Annual administration report of the Civil Veterinary Department of India - 1893-1894
Year: 1893
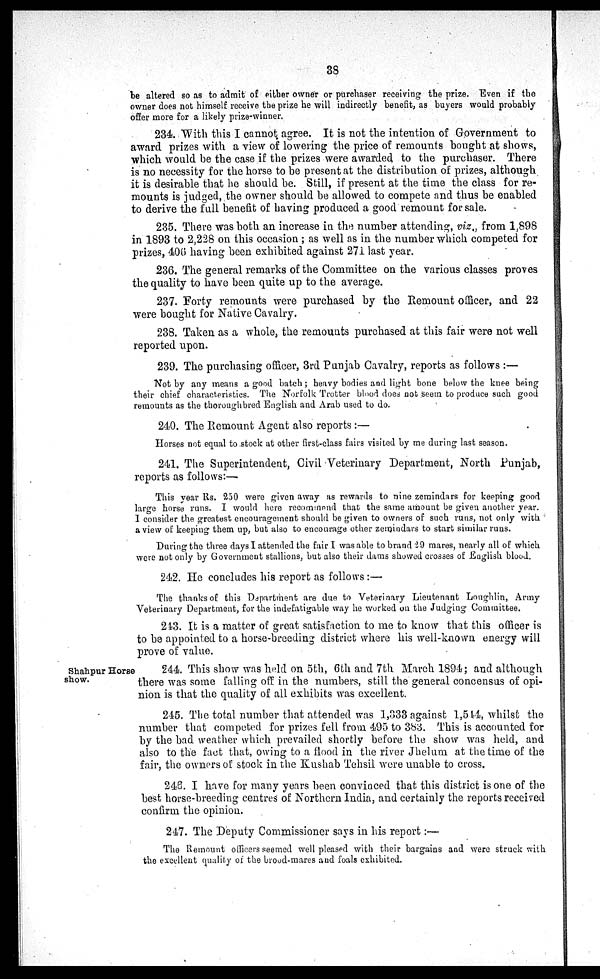
38
be altered so as to admit of either owner or purchaser receiving the prize. Even if the
owner does not himself receive the prize he will indirectly benefit, as buyers would probably
offer more for a likely prize-winner.
234. With this I cannot agree. It is not the intention of Government to
award prizes with a view of lowering the price of remounts bought at shows,
which would be the case if the prizes were awarded to the purchaser. There
is no necessity for the horse to be present at the distribution of prizes, although
it is desirable that he should be. Still, if present at the time the class for re-
mounts is judged, the owner should be allowed to compete and thus be enabled
to derive the full benefit of having produced a good remount for sale.
235. There was both an increase in the number attending, viz., from 1,898
in 1893 to 2,228 on this occasion; as well as in the number which competed for
prizes, 406 having been exhibited against 27l last year.
236. The general remarks of the Committee on the various classes proves
the quality to have been quite up to the average.
237. Forty remounts were purchased by the Remount officer, and 22
were bought for Native Cavalry.
238. Taken as a whole, the remounts purchased at this fair were not well
reported upon.
239. The purchasing officer, 3rd Punjab Cavalry, reports as follows:—
Not by any means a good batch; heavy bodies and light bone below the knee being
their chief characteristics. The Norfolk Trotter blood does not seem to produce such good
remounts as the thoroughbred English and Arab used to do.
240. The Remount Agent also reports:—
Horses not equal to stock at other first-class fairs visited by me during last season.
241. The Superintendent, Civil Veterinary Department, North Punjab,
reports as follows:—
This year Rs. 250 were given away as rewards to nine zemindars for keeping good
large horse runs. I would here recommend that the same amount be given another year.
I consider the greatest encouragement should be given to owners of such runs, not only with
a view of keeping them up, but also to encourage other zemindars to start similar runs.
During the three days I attended the fair I was able to brand 29 mares, nearly all of which
were not only by Government stallions, but also their dams showed crosses of English blood.
242. He concludes his report as follows :—
The thanks of this Department are due to Veterinary Lieutenant Loughlin, Army
Veterinary Department, for the indefatigable way he worked on the Judging Committee.
243. It is a matter of great satisfaction to me to know that this officer is
to be appointed to a horse-breeding district where his well-known energy will
prove of value.
Shahpur Horse
show.
244. This show was held on 5th, 6th and 7th March 1894; and although
there was some falling off in the numbers, still the general concensus of opi-
nion is that the quality of all exhibits was excellent.
245. The total number that attended was 1,333 against 1,514, whilst the
number that competed for prizes fell from 495 to 383. This is accounted for
by the bad weather which prevailed shortly before the show was held, and
also to the fact that, owing to a flood in the river Jhelum at the time of the
fair, the owners of stock in the Kushab Tehsil were unable to cross.
246. I have for many years been convinced that this district is one of the
best horse-breeding centres of Northern India, and certainly the reports received
confirm the opinion.
247. The Deputy Commissioner says in his report:—
The Remount officers seemed well pleased with their bargains and were struck with
the excellent quality of the brood-mares and foals exhibited.